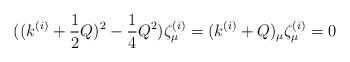
LaTeX: \begin{align*}((k^{(i)}+\frac{1}{2}Q)^2-\frac{1}{4}Q^2)\zeta ^{(i)}_{\mu}=(k^{(i)}+Q)_{\mu}\zeta ^{(i)}_{\mu}=0\end{align*}